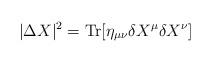
LaTeX: \begin{align*}|\Delta X|^2 = {\rm Tr} [ \eta_{\mu\nu}\delta X^{\mu}\delta X^{\nu}] \end{align*}